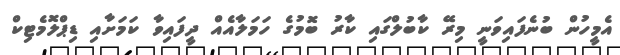
އެމީހުން ބުނެފައިވަނީ މިރޭ ކާބުލްގައި ކާރު ބޮމުގެ ހަމަލާއެއް ދީފައިވާ ކަމަށާއި ޑިޕްލޮމެޓިކް